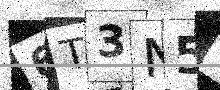
Text: 6T3N52